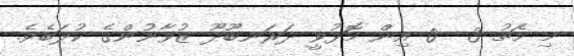
މި މެޗު 3  0 އިން މޮޅުވީ ދަރަނބޫދޫ ޒުވާނުންގެ ކުލަބެވެ.